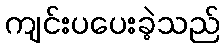
ကျင်းပပေးခဲ့သည်